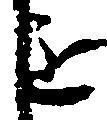
主